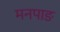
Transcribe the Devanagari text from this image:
मनपाङ